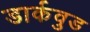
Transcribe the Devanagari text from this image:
डार्कवुड